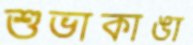
শুভাকাঙা